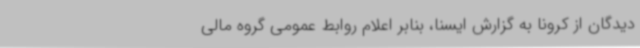
دیدگان از کرونا به گزارش ایسنا، بنابر اعلام روابط عمومی گروه مالی